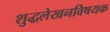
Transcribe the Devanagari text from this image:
शुद्धलेखनविषयक